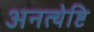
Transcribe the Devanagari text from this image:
अनत्येष्टि